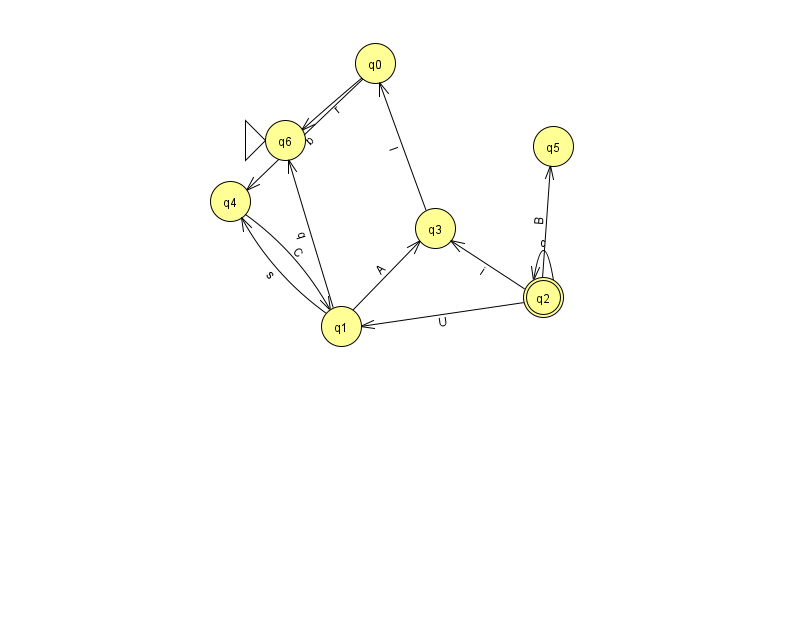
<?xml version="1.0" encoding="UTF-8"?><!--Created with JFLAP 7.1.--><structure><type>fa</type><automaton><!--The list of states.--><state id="0" name="q0"><x>375.0</x><y>50.0</y></state><state id="1" name="q1"><x>341.0</x><y>313.0</y></state><state id="2" name="q2"><x>543.0</x><y>284.0</y><final/></state><state id="3" name="q3"><x>435.0</x><y>215.0</y></state><state id="4" name="q4"><x>230.0</x><y>188.0</y></state><state id="5" name="q5"><x>553.0</x><y>133.0</y></state><state id="6" name="q6"><x>285.0</x><y>127.0</y><initial/></state><!--The list of transitions.--><transition><from>2</from><to>5</to><read>B</read></transition><transition><from>1</from><to>4</to><read>s</read></transition><transition><from>2</from><to>2</to><read>c</read></transition><transition><from>4</from><to>1</to><read>C</read></transition><transition><from>2</from><to>3</to><read>i</read></transition><transition><from>0</from><to>6</to><read>r</read></transition><transition><from>1</from><to>3</to><read>A</read></transition><transition><from>3</from><to>0</to><read>I</read></transition><transition><from>0</from><to>4</to><read>b</read></transition><transition><from>1</from><to>6</to><read>q</read></transition><transition><from>2</from><to>1</to><read>U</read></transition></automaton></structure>